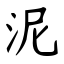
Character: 泥